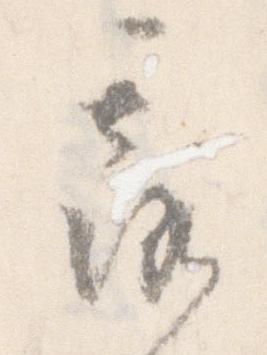
露